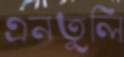
এনতুলি